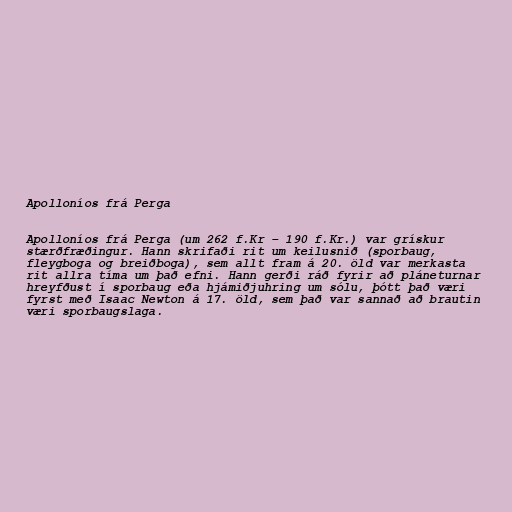
Apolloníos frá Perga

Apolloníos frá Perga (um 262 f.Kr – 190 f.Kr.) var grískur
stærðfræðingur. Hann skrifaði rit um keilusnið (sporbaug,
fleygboga og breiðboga), sem allt fram á 20. öld var merkasta
rit allra tíma um það efni. Hann gerði ráð fyrir að pláneturnar
hreyfðust í sporbaug eða hjámiðjuhring um sólu, þótt það væri
fyrst með Isaac Newton á 17. öld, sem það var sannað að brautin
væri sporbaugslaga.